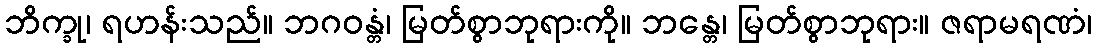
ဘိက္ခု၊ ရဟန်းသည်။ ဘဂဝန္တံ၊ မြတ်စွာဘုရားကို။ ဘန္တေ၊ မြတ်စွာဘုရား။ ဇရာမရဏံ၊